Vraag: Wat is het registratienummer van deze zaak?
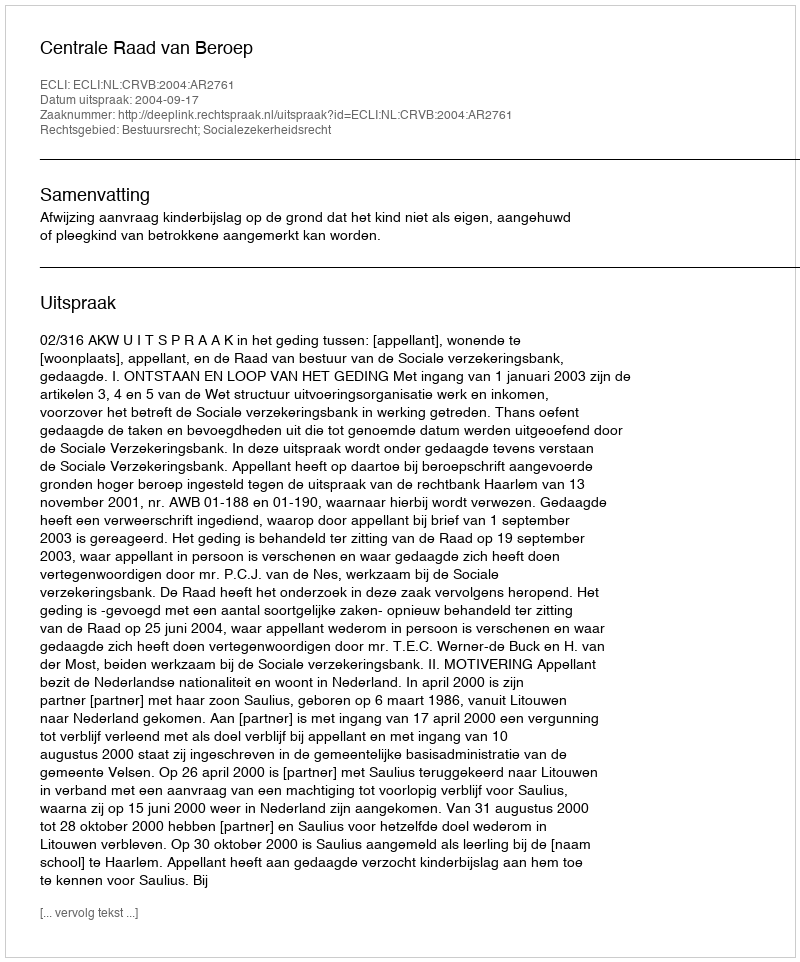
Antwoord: http://deeplink.rechtspraak.nl/uitspraak?id=ECLI:NL:CRVB:2004:AR2761